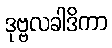
ဒုဗ္ဗလခါဒိကာ